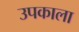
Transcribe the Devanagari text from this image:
उपकाला